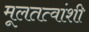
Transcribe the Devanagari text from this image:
मूलतत्वांशी